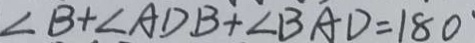
\angle B + \angle A D B + \angle B A D = 1 8 0